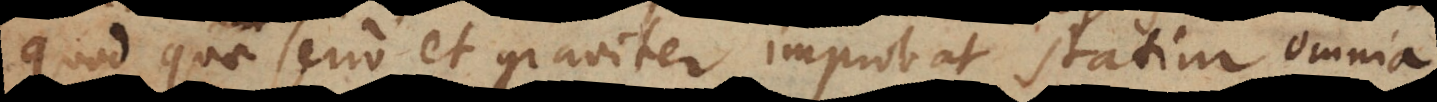
quod quae serio et graviter improbat statim omnia